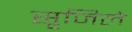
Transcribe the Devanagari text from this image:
सृजिले